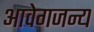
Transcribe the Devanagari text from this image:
आवेगजन्य